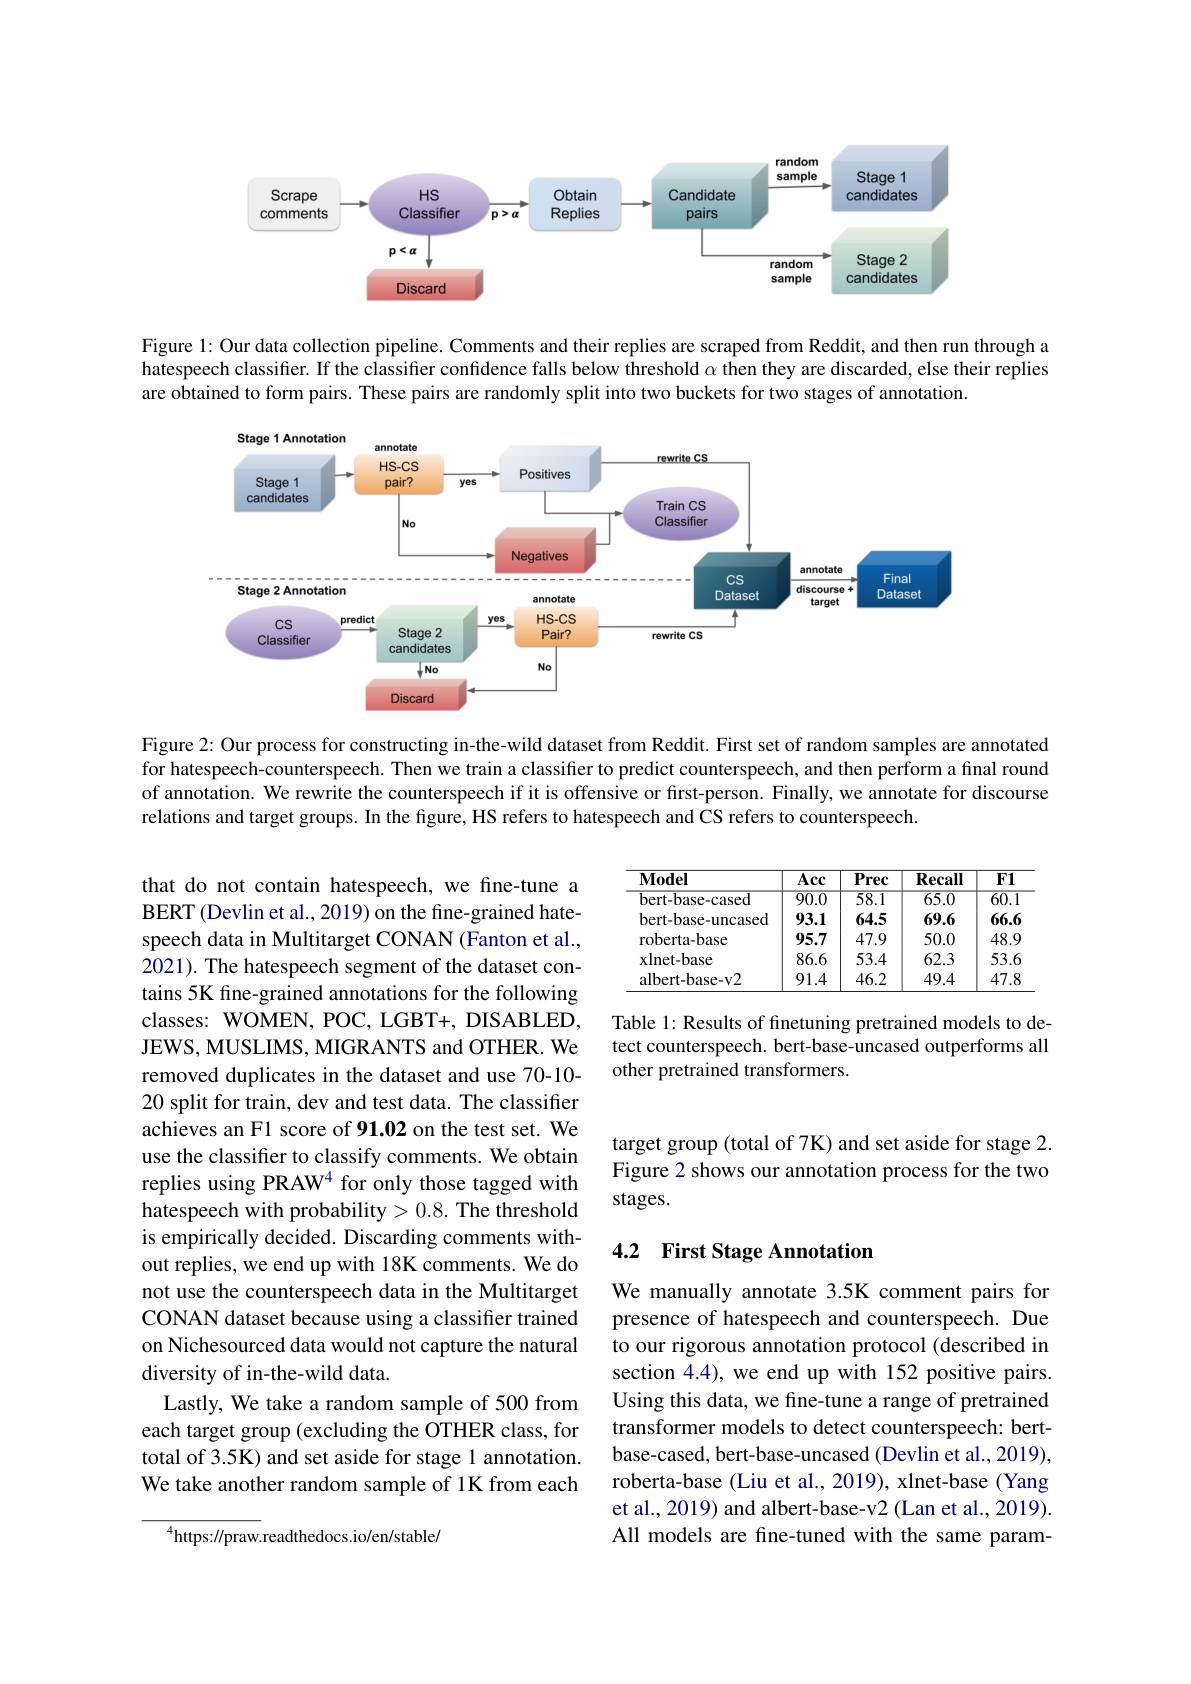
<FigureHere>

Figure 1: Our data collection pipeline. Comments and their replies are scraped from Reddit, and then run through a hatespeech classifier. If the classifier confidence falls below threshold $\alpha$ then they are discarded, else their replies are obtained to form pairs. These pairs are randomly split into two buckets for two stages of annotation.

<FigureHere>

Figure 2: Our process for constructing in-the-wild dataset from Reddit. First set of random samples are annotated for hatespeech-counterspeech. Then we train a classifier to predict counterspeech, and then perform a final round of annotation. We rewrite the counterspeech if it is offensive or first-person. Finally, we annotate for discourse relations and target groups. In the figure, HS refers to hatespeech and CS refers to counterspeech

<table>
	<tbody>
		<tr>
			<th>$\mathbf{Model}$</th>
			<th>Acc</th>
			<th>$\overline{\mathbf{Prec}}$</th>
			<th>$\mathbf{Recall}$</th>
			<th>$\overline{F1}$</th>
		</tr>
		<tr>
			<td>bert-base-cased</td>
			<td>$\overline{90.0}$</td>
			<td>58.1</td>
			<td>$\overline{65.0}$</td>
			<td>$\overline{60.1}$</td>
		</tr>
		<tr>
			<td>bert-base-uncased</td>
			<td>93.1</td>
			<td>64.5</td>
			<td>69.6</td>
			<td>66.6</td>
		</tr>
		<tr>
			<td>roberta-base</td>
			<td>95.7</td>
			<td>47.9</td>
			<td>50.0</td>
			<td>48.9</td>
		</tr>
		<tr>
			<td>$\mathbf{x}$lnet-base</td>
			<td>86.6</td>
			<td>53.4</td>
			<td>62.3</td>
			<td>53.6</td>
		</tr>
		<tr>
			<td>albert- base- v2</td>
			<td>91.4</td>
			<td>46.2</td>
			<td>49.4</td>
			<td>47.8</td>
		</tr>
	</tbody>
</table>

Table 1: Results of finetuning pretrained models to detect counterspeech. bert-base-uncased outperforms all other pretrained transformers.

target group (total of 7K) and set aside for stage 2. Figure 2 shows our annotation process for the two stages.

that do not contain hatespeech, we fine-tune a BERT (Devlin et al., 2019) on the fine-grained hatespeech data in Multitarget CONAN (Fanton et al., 2021). The hatespeech segment of the dataset contains 5K fine-grained annotations for the following classes: WOMEN, POC, LGBT+, DISABLED, JEWS, MUSLIMS, MIGRANTS and OTHER. We removed duplicates in the dataset and use 70-10- 20 split for train, dev and test data. The classifier achieves an F1 score of 91.02 on the test set. We use the classifier to classify comments. We obtain replies using PRAW4 for only those tagged with hatespeech with probability>0.8. The threshold is empirically decided. Discarding comments without replies, we end up with 18K comments. We do not use the counterspeech data in the Multitarget CONAN dataset because using a classifier trained on Nichesourced data would not capture the natural diversity of in-the-wild data.
Lastly, We take a random sample of 500 from each target group (excluding the OTHER class, for total of 3.5K) and set aside for stage 1 annotation. We take another random sample of 1K from each

## 4.2 First Stage Annotation

We manually annotate 3.5K comment pairs for presence of hatespeech and counterspeech. Due to our rigorous annotation protocol (described in section 4.4), we end up with 152 positive pairs. Using this data, we fine-tune a range of pretrained transformer models to detect counterspeech: bertbase-cased, bert-base-uncased (Devlin et al., 2019), roberta-base (Liu et al., 2019), xlnet-base (Yang et al., 2019) and albert-base-v2 (Lan et al., 2019). All models are fine-tuned with the same param-

$^{4}$https://praw.readthedocs.io/en/stable/